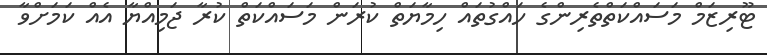
ޓޫރިޒަމް މަސައްކަތްތެރިންގެ ހައްގުތައް ހިމާޔަތް ކުރަން މަސައްކަތް ކުރާ ޖަމިއްޔާ އެއް ކަމަށްވާ